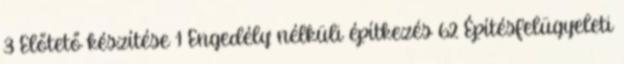
3 Előtető készítése 1 Engedély nélküli építkezés 62 Építésfelügyeleti